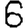
Digit: 6